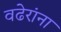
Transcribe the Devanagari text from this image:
वढेरांना